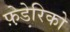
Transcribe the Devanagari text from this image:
फ़े़डेरिको